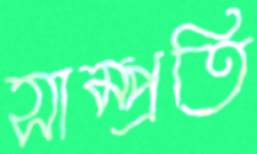
সাম্প্রতি